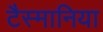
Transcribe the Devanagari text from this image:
टैस्मानिया